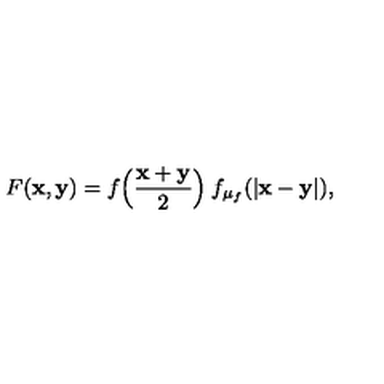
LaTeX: F ( { \bf x , y } ) = f \Bigl ( \frac { \bf x + y } { 2 } \Bigr ) \: f _ { \mu _ { f } } ( | { \bf x - y } | ) ,